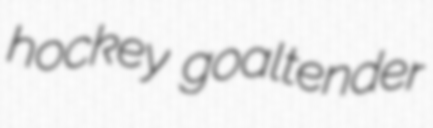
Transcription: hockey goaltender